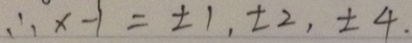
\therefore x - 1 = \pm 1 , \pm 2 , \pm 4 .